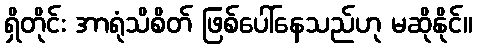
ရှိတိုင်း အာရုံသိစိတ် ဖြစ်ပေါ်နေသည်ဟု မဆိုနိုင်။